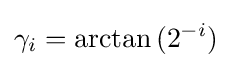
\gamma _{i}=\arctan {(2^{-i})}